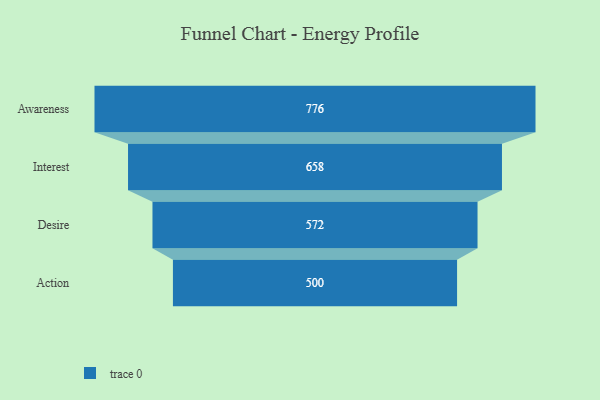
{"axis": {"x": "Stage", "y": "Value"}, "legend": [""], "data": [{"x": "Awareness", "y": 776.0, "type": ""}, {"x": "Interest", "y": 658.0, "type": ""}, {"x": "Desire", "y": 572.0, "type": ""}, {"x": "Action", "y": 500, "type": ""}]}